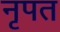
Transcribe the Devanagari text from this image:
नृपत